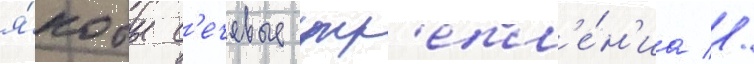
я́кобы с'ечевые укр'епл'е́н'иа //